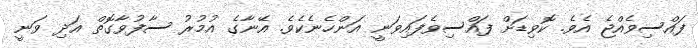
ފައްސިވެއްޖެ އެވެ. ކޮވިޑަށް ފައްސިވެފައިވަނީ އަންހެނެކެވެ. އޭނާގެ އުމުރު ސާފުވާގޮތް އަދި ވަނީ